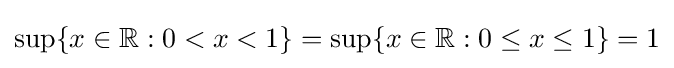
\sup\{x\in \mathbb {R} :0<x<1\}=\sup\{x\in \mathbb {R} :0\leq x\leq 1\}=1